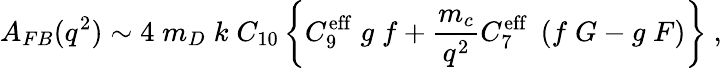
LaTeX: A_{FB}(q^{2})\sim 4\; m_{D}\; k\; C_{10}\left\{ C_{9}^{\mathrm{eff}}\; g\; f+\frac{m_{c}}{q^{2}}C_{7}^{\mathrm{eff}}\; \left(f\; G-g\; F\right)\right\} ~,